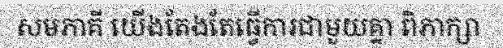
សមភាគី យើងតែងតែធ្វើការជាមួយគ្នា ពិភាក្សា